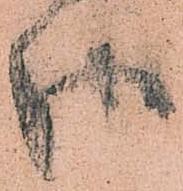
御